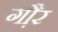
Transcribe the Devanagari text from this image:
गौ़र